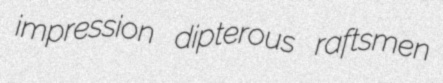
impression dipterous raftsmen